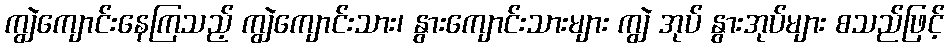
ကျွဲကျောင်းနေကြသည့် ကျွဲကျောင်းသား၊ နွားကျောင်းသားများ ကျွဲ အုပ် နွားအုပ်များ စသည်ဖြင့်